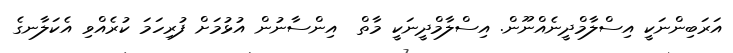
އަރަބިންނަކީ އިސްލާމްދީނެއްނޫން. އިސްލާމްދީނަކީ މާތް  އިންސާނުން އުޅުމަށް ފުރިހަމަ ކުރެއްވި އެކަލާނގެ